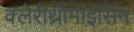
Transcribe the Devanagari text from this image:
क्लेरीथ्रोमाइसिन